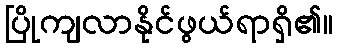
ပြိုကျလာနိုင်ဖွယ်ရာရှိ၏။